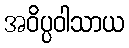
အဝိပ္ပဝါသာယ